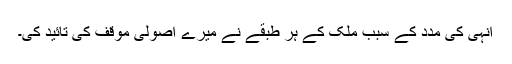
انہی کی مدد کے سبب ملک کے ہر طبقے نے میرے اصولی موقف کی تائید کی۔